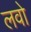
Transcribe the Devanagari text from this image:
लवो